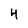
Character: 4